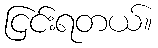
ငြင်းရတယ်။